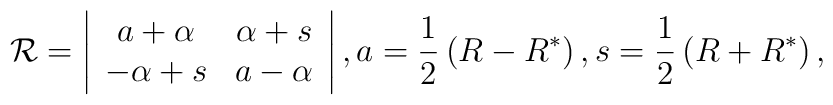
{\cal R}=\left|\begin{array}{cc}a+\alpha  & \alpha +s \\-\alpha +s & a-\alpha\end{array}\right| ,a=\frac 12\left( R-R^{*}\right) ,s=\frac 12\left( R+R^{*}\right) ,